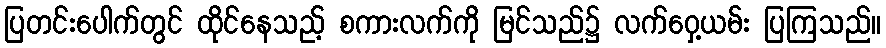
ပြတင်းပေါက်တွင် ထိုင်နေသည့် စကားလက်ကို မြင်သည်၌ လက်ဝှေ့ယမ်း ပြကြသည်။